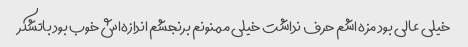
خیلی عالی بود مزه اشم حرف نداشت خیلی ممنونم برنجشم اندازه‌اش خوب بود باتشکر